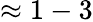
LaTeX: \approx 1-3